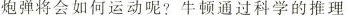
炮弹将会如何运动呢?牛顿通过科学的推理